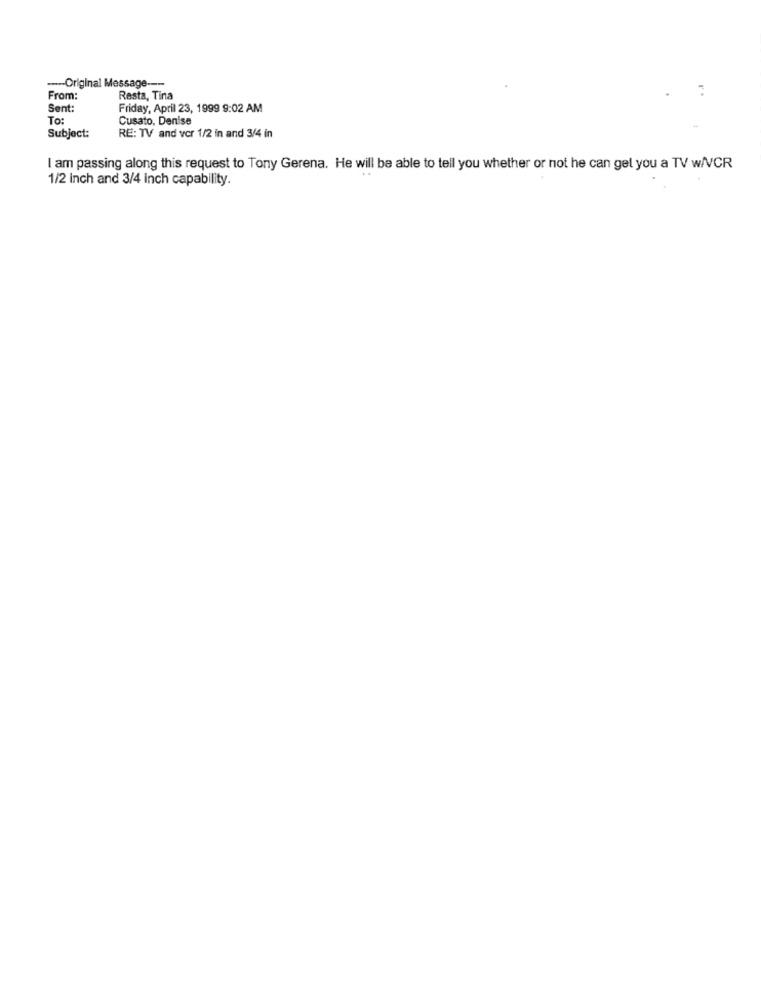
--- Original Message --·
From:
Resta, Tina
Sent:
Friday, April 23, 1999 9:02 AM
To:
Cusato, Denise
Subject:
RE: TV and ver 1/2 in and 3/4 in
I am passing along this request to Tony Gerena. He will be able to tell you whether or not he can gel you a TV w/VCR
1/2 Inch and 3/4 inch capability.